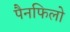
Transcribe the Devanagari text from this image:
पैनफिलो